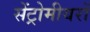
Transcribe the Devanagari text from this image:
सेंट्रोमीयरों